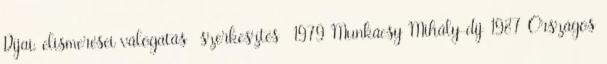
Díjai, elismerései válogatás szerkesztés 1979 Munkácsy Mihály-díj 1987 Országos